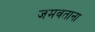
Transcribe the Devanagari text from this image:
जमवताना